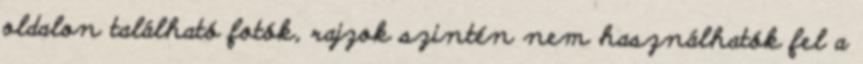
oldalon található fotók, rajzok szintén nem használhatók fel a